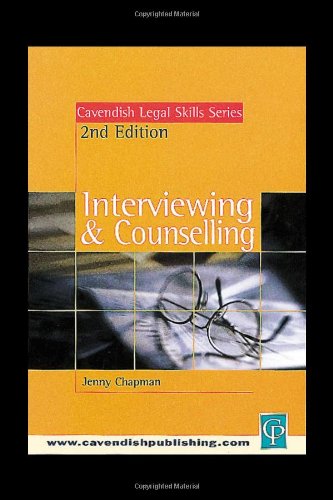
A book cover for Interviewing and Counselling (Legal Skills Series); Jenny Chapman; Law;